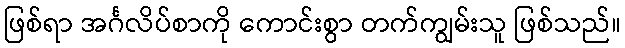
ဖြစ်ရာ အင်္ဂလိပ်စာကို ကောင်းစွာ တက်ကျွမ်းသူ ဖြစ်သည်။